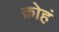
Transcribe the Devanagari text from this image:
क्रोहं